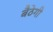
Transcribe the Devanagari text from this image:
बैठेगी